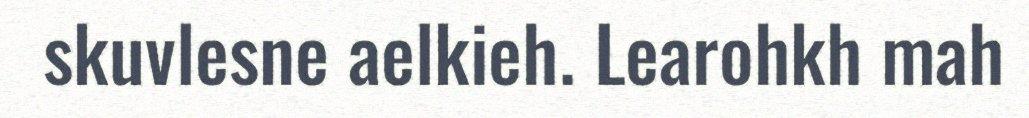
skuvlesne aelkieh. Learohkh mah